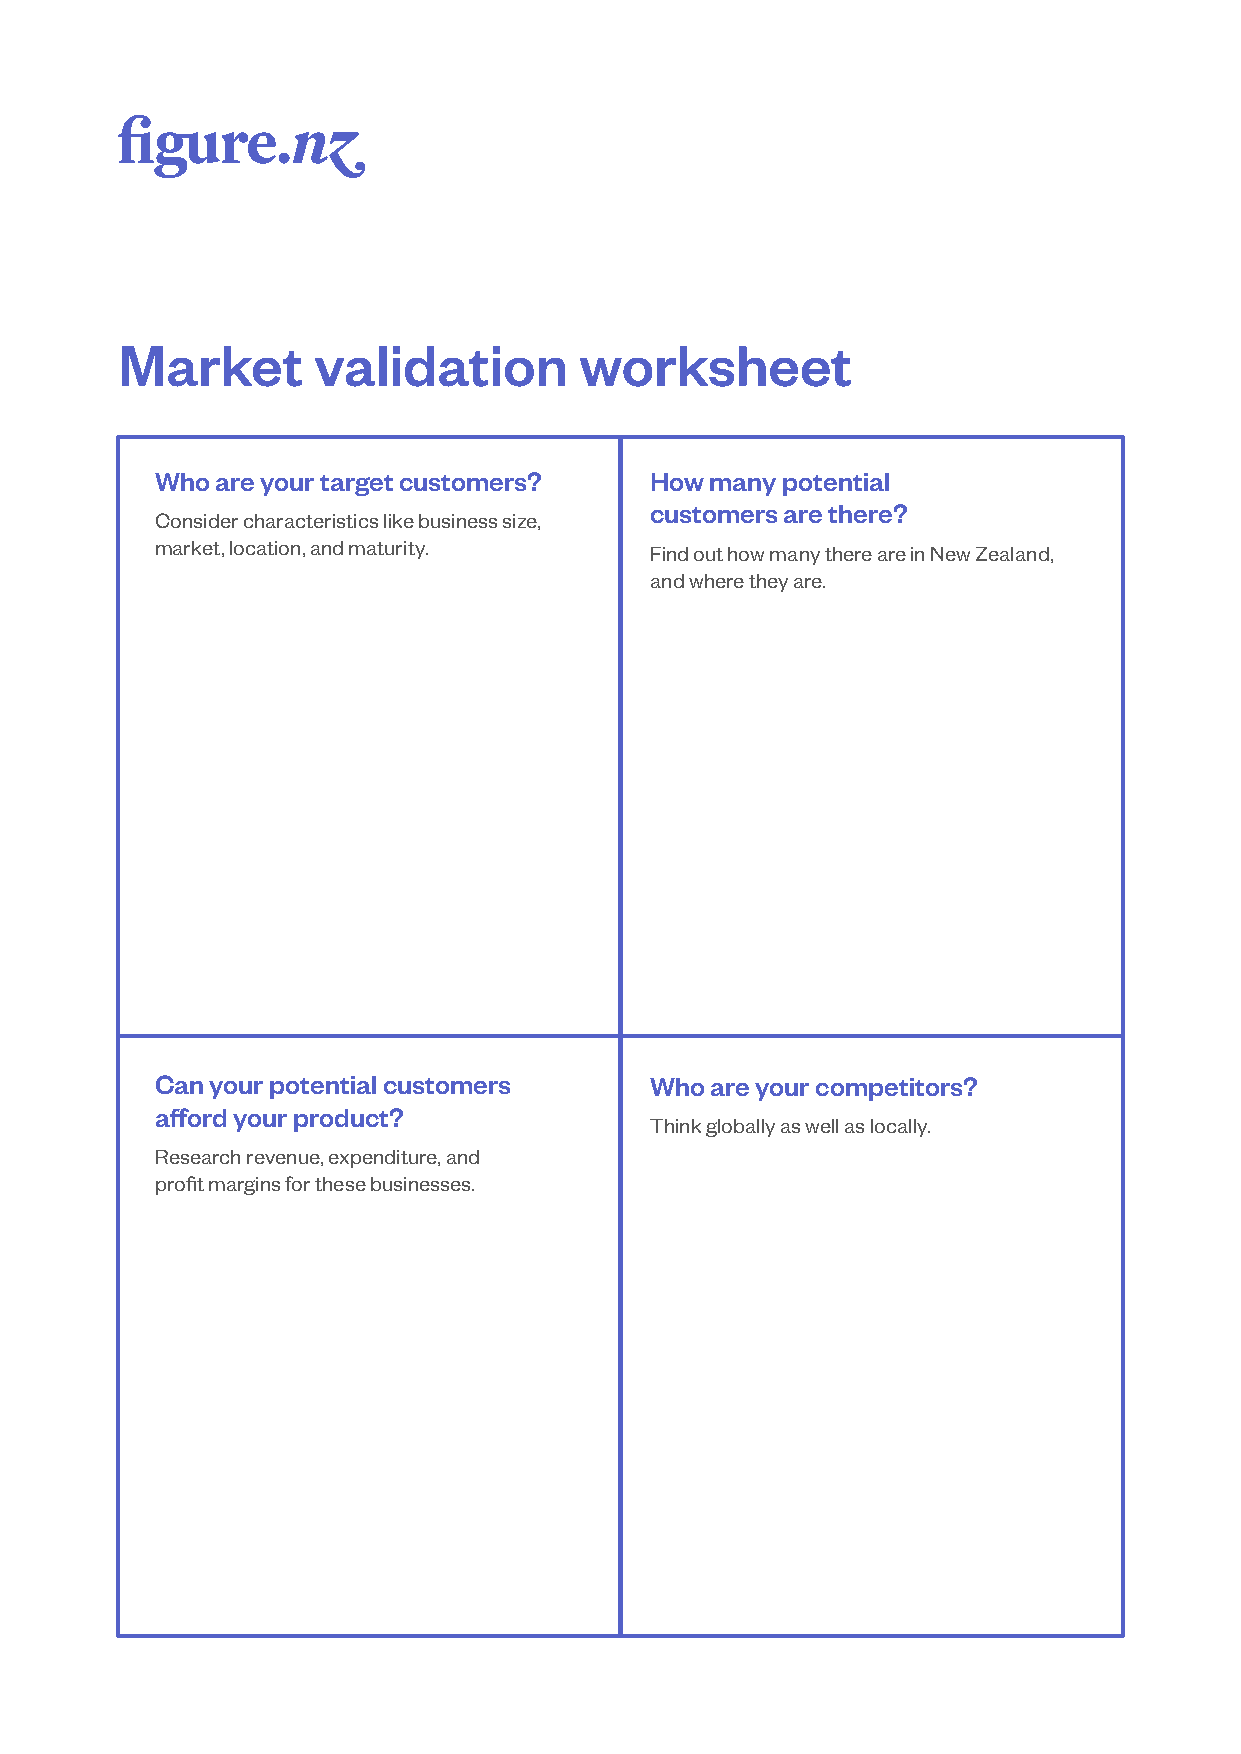
Market       validation       worksheet
 Whoareyourtargetcustomers?       Howmanypotential
 customersarethere?
 Considercharacteristicslikebusinesssize,
 market,location,andmaturity.     FindouthowmanythereareinNewZealand,
 andwheretheyare.
 Canyourpotentialcustomers        Whoareyourcompetitors?
 affordyourproduct?
 Thinkgloballyaswellaslocally.
 Researchrevenue,expenditure,and
 profitmarginsforthesebusinesses.